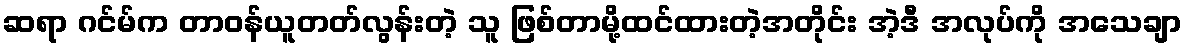
ဆရာ ဂင်မ်က တာဝန်ယူတတ်လွန်းတဲ့ သူ ဖြစ်တာမို့ထင်ထားတဲ့အတိုင်း အဲ့ဒီ အလုပ်ကို အသေချာ